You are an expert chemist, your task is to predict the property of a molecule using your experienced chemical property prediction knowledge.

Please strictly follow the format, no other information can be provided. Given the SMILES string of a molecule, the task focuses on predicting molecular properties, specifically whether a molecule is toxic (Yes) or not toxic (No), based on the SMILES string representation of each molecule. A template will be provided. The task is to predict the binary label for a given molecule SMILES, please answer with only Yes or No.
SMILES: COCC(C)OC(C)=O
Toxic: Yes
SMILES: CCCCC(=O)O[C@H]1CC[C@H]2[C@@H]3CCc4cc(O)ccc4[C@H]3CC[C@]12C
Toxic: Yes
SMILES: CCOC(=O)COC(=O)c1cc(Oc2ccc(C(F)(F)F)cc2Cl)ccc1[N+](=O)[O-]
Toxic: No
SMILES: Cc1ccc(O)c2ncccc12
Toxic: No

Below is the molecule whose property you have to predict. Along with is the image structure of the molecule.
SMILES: O=c1[nH]cnc2c1ncn2[C@H]1CC[C@@H](CO)O1
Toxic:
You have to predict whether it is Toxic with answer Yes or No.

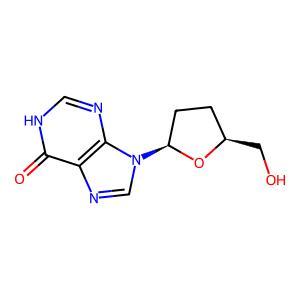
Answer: No